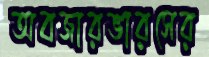
অবজারভারসের